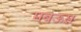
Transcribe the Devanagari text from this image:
मबऊस